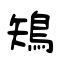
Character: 鴙